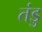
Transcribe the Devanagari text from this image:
तंडु